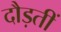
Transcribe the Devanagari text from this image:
दौड़तीं